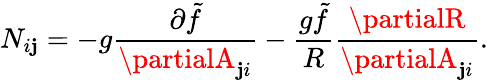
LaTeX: N_{i\mathbf{j}}=-g{\frac{{\partial\tilde{{f}}}}{{\partialA_{\mathbf{j}i}}}}-{\frac{{g\tilde{{f}}}}{{R}}}{\frac{{\partialR}}{{\partialA_{\mathbf{j}i}}}}.